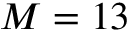
M = 1 3